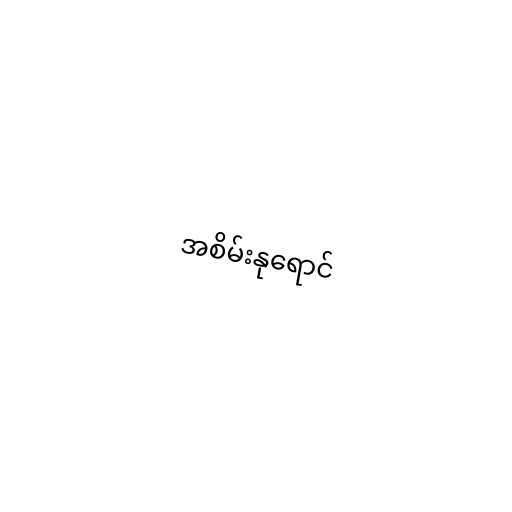
အစိမ်းနုရောင်